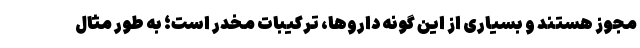
مجوز هستند و بسیاری از این گونه داروها، ترکیبات مخدر است؛ به طور مثال